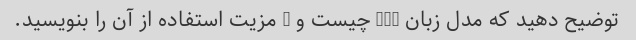
توضیح دهید که مدل زبان GPT چیست و 3 مزیت استفاده از آن را بنویسید.